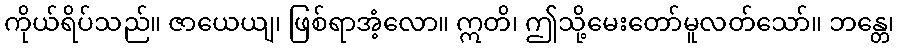
ကိုယ်ရိပ်သည်။ ဇာယေယျ၊ ဖြစ်ရာအံ့လော။ ဣတိ၊ ဤသို့မေးတော်မူလတ်သော်။ ဘန္တေ၊